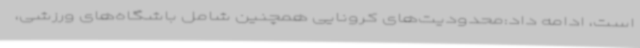
است، ادامه داد:محدودیت‌های کرونایی همچنین شامل باشگاه‌های ورزشی،